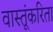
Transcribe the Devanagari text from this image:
वास्तूंकरिता